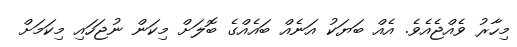
މިހާރު ވެއްޖެއެވެ. އެއް ބަޔަކު އަނެއް ބައެއްގެ ބޮލަށް މިކަން ނުޖަހައި މިކަަމަށް